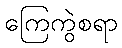
ကြေကွဲစရာ